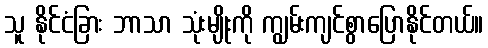
သူ နိုင်ငံခြား ဘာသာ သုံးမျိုးကို ကျွမ်းကျင်စွာပြောနိုင်တယ်။